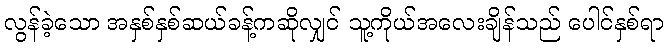
လွန်ခဲ့သော အနှစ်နှစ်ဆယ်ခန့်ကဆိုလျှင် သူ့ကိုယ်အလေးချိန်သည် ပေါင်နှစ်ရာ